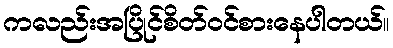
ကလည်းအပြိုင်စိတ်ဝင်စားနေပါတယ်။